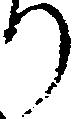
り